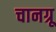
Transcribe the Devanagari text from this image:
चानग्रू